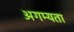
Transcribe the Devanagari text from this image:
अगम्यता